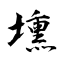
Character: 壎